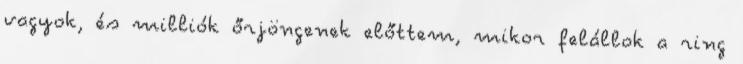
vagyok, és milliók őrjöngenek előttem, mikor felállok a ring